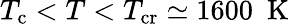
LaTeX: T_{\mathrm{c}}<T<T_{\mathrm{cr}}\simeq 1600~\mathrm{~K~}